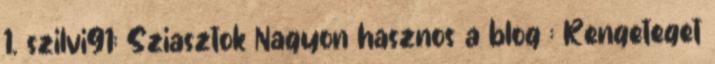
1. szilvi91: Sziasztok Nagyon hasznos a blog : Rengeteget